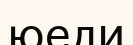
юеди